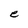
Character: e